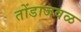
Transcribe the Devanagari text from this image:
तोंडाजवळ